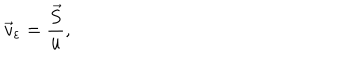
\vec { v } _ { \varepsilon } = \frac { \vec { S } } { u } ,